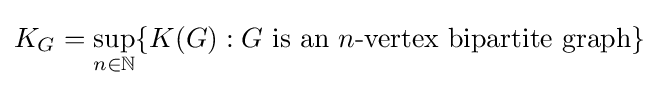
K_{G}=\sup _{n\in \mathbb {N} }\{K(G):G{\text{ is an }}n{\text{-vertex bipartite graph}}\}